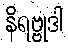
နိရဗ္ဗုဒါ